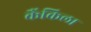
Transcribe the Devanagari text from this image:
कैंकिला